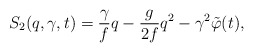
\begin{align*}S_{2}(q,\gamma,t)=\frac{\gamma}{f }q-\frac{g }{2f }q^{2}-\gamma^{2} \tilde{\varphi}(t),\end{align*}